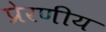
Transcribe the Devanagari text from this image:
प्रेरणीय